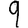
Digit: 9